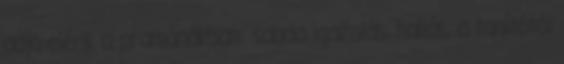
adja elénk a pramánákban: sabda igazolás, hallás, a tanítótól